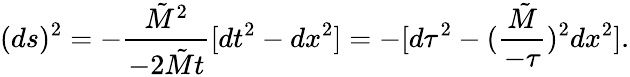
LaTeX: (ds)^{2}=-{\frac{{\tilde{M}}^{2}}{-2{\tilde{M}}t}}[dt^{2}-dx^{2}]=-[d\tau^{2}-({\frac{\tilde{M}}{-\tau}})^{2}dx^{2}].